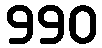
990